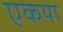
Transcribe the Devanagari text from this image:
एकया